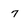
Character: 7